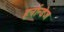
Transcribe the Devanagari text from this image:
हर्नान्डेज